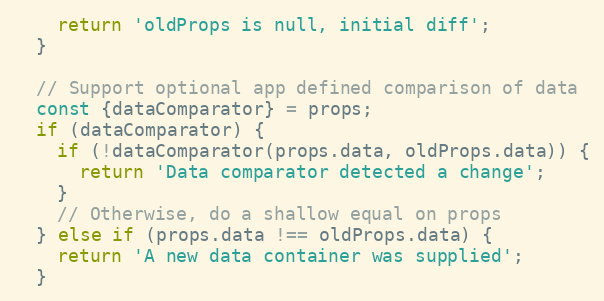
Language: JavaScript
    return 'oldProps is null, initial diff';
  }

  // Support optional app defined comparison of data
  const {dataComparator} = props;
  if (dataComparator) {
    if (!dataComparator(props.data, oldProps.data)) {
      return 'Data comparator detected a change';
    }
    // Otherwise, do a shallow equal on props
  } else if (props.data !== oldProps.data) {
    return 'A new data container was supplied';
  }